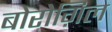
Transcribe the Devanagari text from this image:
बोरोग़िल